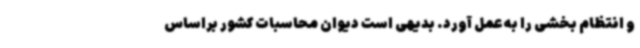
و انتظام بخشی را به عمل آورد. بدیهی است دیوان محاسبات کشور براساس